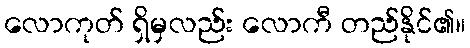
လောကုတ် ရှိမှလည်း လောကီ တည်နိုင်၏။